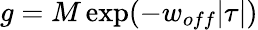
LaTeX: g=M\, \mathrm{exp}(-w_{off}|\tau|)